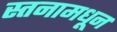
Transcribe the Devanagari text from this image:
स्तनामधून